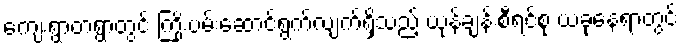
ကျေးရွာတရွာတွင် ကြိုးပမ်းဆောင်ရွက်လျက်ရှိသည့် ယုန်ချန်းစီရင်စု ယခုနေရာတွင်